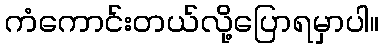
ကံကောင်းတယ်လို့ပြောရမှာပါ။